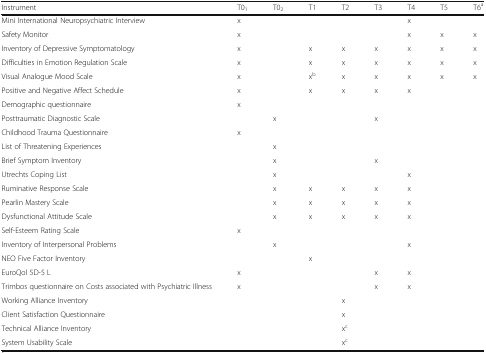
<table><thead><tr><td><b>Instrument</b></td><td><b>T0<sub>1</sub></b></td><td><b>T0<sub>2</sub></b></td><td><b>T1</b></td><td><b>T2</b></td><td><b>T3</b></td><td><b>T4</b></td><td><b>T5</b></td><td><b>T6<sup>a</sup></b></td></tr></thead><tbody><tr><td>Mini International Neuropsychiatric Interview</td><td>x</td><td></td><td></td><td></td><td></td><td>x</td><td></td><td></td></tr><tr><td>Safety Monitor</td><td>x</td><td></td><td></td><td></td><td></td><td>x</td><td>x</td><td>x</td></tr><tr><td>Inventory of Depressive Symptomatology</td><td>x</td><td></td><td>x</td><td>x</td><td>x</td><td>x</td><td>x</td><td>x</td></tr><tr><td>Difficulties in Emotion Regulation Scale</td><td>x</td><td></td><td>x</td><td>x</td><td>x</td><td>x</td><td>x</td><td>x</td></tr><tr><td>Visual Analogue Mood Scale</td><td>x</td><td></td><td>x<sup>b</sup></td><td>x</td><td>x</td><td>x</td><td>x</td><td>x</td></tr><tr><td>Positive and Negative Affect Schedule</td><td>x</td><td></td><td>x</td><td>x</td><td>x</td><td>x</td><td></td><td></td></tr><tr><td>Demographic questionnaire</td><td>x</td><td></td><td></td><td></td><td></td><td></td><td></td><td></td></tr><tr><td>Posttraumatic Diagnostic Scale</td><td></td><td>x</td><td></td><td></td><td>x</td><td></td><td></td><td></td></tr><tr><td>Childhood Trauma Questionnaire</td><td>x</td><td></td><td></td><td></td><td></td><td></td><td></td><td></td></tr><tr><td>List of Threatening Experiences</td><td></td><td>x</td><td></td><td></td><td></td><td></td><td></td><td></td></tr><tr><td>Brief Symptom Inventory</td><td></td><td>x</td><td></td><td></td><td>x</td><td></td><td></td><td></td></tr><tr><td>Utrechts Coping List</td><td></td><td>x</td><td></td><td></td><td></td><td>x</td><td></td><td></td></tr><tr><td>Ruminative Response Scale</td><td></td><td>x</td><td>x</td><td>x</td><td>x</td><td>x</td><td></td><td></td></tr><tr><td>Pearlin Mastery Scale</td><td></td><td>x</td><td>x</td><td>x</td><td>x</td><td>x</td><td></td><td></td></tr><tr><td>Dysfunctional Attitude Scale</td><td></td><td>x</td><td>x</td><td>x</td><td>x</td><td>x</td><td></td><td></td></tr><tr><td>Self-Esteem Rating Scale</td><td>x</td><td></td><td></td><td></td><td></td><td></td><td></td><td></td></tr><tr><td>Inventory of Interpersonal Problems</td><td></td><td>x</td><td></td><td></td><td></td><td>x</td><td></td><td></td></tr><tr><td>NEO Five Factor Inventory</td><td></td><td></td><td>x</td><td></td><td></td><td></td><td></td><td></td></tr><tr><td>EuroQol 5D-5 L</td><td>x</td><td></td><td></td><td></td><td>x</td><td>x</td><td></td><td></td></tr><tr><td>Trimbos questionnaire on Costs associated with Psychiatric Illness</td><td>x</td><td></td><td></td><td></td><td>x</td><td>x</td><td></td><td></td></tr><tr><td>Working Alliance Inventory</td><td></td><td></td><td></td><td>x</td><td></td><td></td><td></td><td></td></tr><tr><td>Client Satisfaction Questionnaire</td><td></td><td></td><td></td><td>x</td><td></td><td></td><td></td><td></td></tr><tr><td>Technical Alliance Inventory</td><td></td><td></td><td></td><td>x<sup>c</sup></td><td></td><td></td><td></td><td></td></tr><tr><td>System Usability Scale</td><td></td><td></td><td></td><td>x<sup>c</sup></td><td></td><td></td><td></td><td></td></tr></tbody></table>